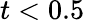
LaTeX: t<0.5